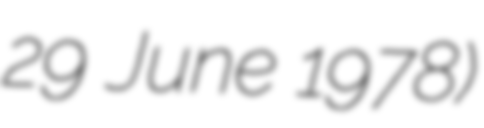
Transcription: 29 June 1978)